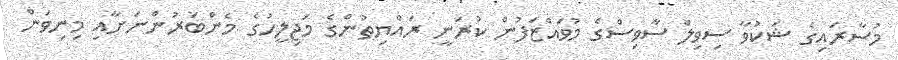
މުސާރައިގެ ޝަކުވާ ސިވިލް ސާވިސްގެ މުވައްޒަފުން ކުރަނީ ރައްޔިތުންގެ މަޖިލީހުގެ މެންބަރުންނަށާއި މިނިވަން